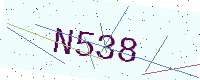
Text: N538